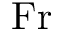
\mathrm { F r }